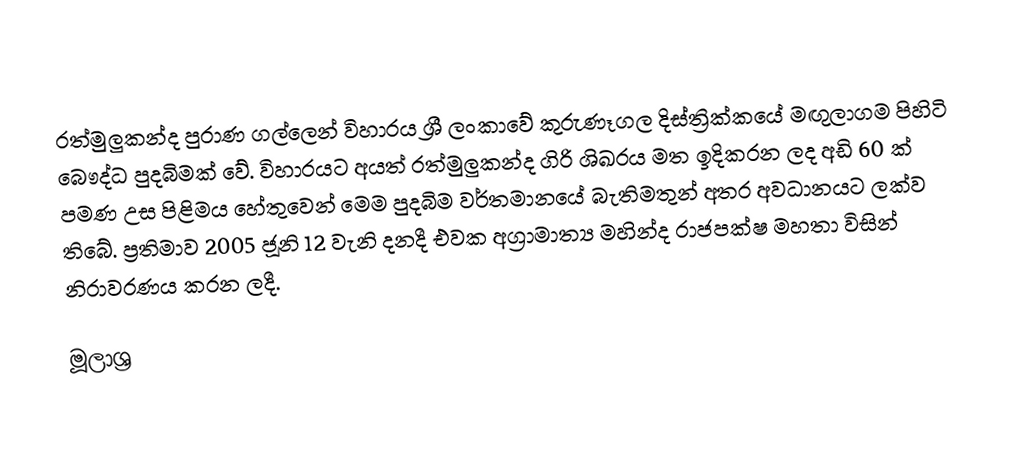
රත්මුලුකන්ද පුරාණ ගල්ලෙන් විහාරය ශ්‍රී ලංකාවේ කුරුණෑගල දිස්ත්‍රික්කයේ මඟුලාගම පිහිටි බෞද්ධ පුදබිමක් වේ. විහාරයට අයත් රත්මුලුකන්ද ගිරි ශිඛරය මත ඉදිකරන ලද අඩි 60 ක් පමණ උස පිළිමය හේතුවෙන් මෙම පුදබිම වර්තමානයේ බැතිමතුන් අතර අවධානයට ලක්ව තිබේ. ප්‍රතිමාව 2005 ජූනි 12 වැනි දනදී එවක අග්‍රාමාත්‍ය මහින්ද රාජපක්ෂ මහතා විසින් නිරාවරණය කරන ලදී.

මූලාශ්‍ර